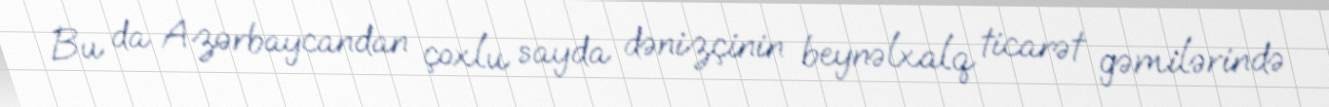
Bu da Azərbaycandan çoxlu sayda dənizçinin beynəlxalq ticarət gəmilərində